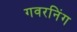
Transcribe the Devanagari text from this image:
गवरनिंग